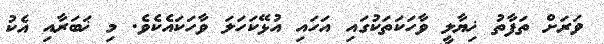
ވަރަށް ތަފާތު ޚިޔާލީ ވާހަކަތަކުގައި އަހައި އުޅޭކަހަލަ ވާހަކައެކެވެ. މި ޚަބަރާއި އެކު